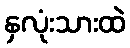
နှလုံးသားထဲ